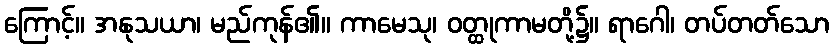
ကြောင့်။ အနုသယာ၊ မည်ကုန်၏။ ကာမေသု၊ ဝတ္ထုကာမတို့၌။ ရာဂေါ၊ တပ်တတ်သော